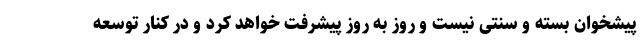
پیشخوان بسته و سنتی نیست و روز به روز پیشرفت خواهد کرد و در کنار توسعه